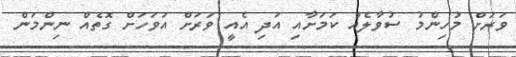
ވަރަށް މުހިންމު ސުވާލެއް ކަމަށާއި އަދި އެއީ ވަރަށް އަވަހަށް ގޮތެއް ނިންމަން